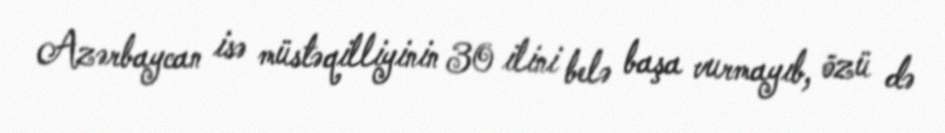
Azərbaycan isə müstəqilliyinin 30 ilini belə başa vurmayıb, özü də